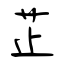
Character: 芷